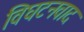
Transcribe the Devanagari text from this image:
विघटनवाद